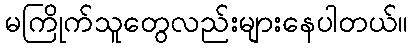
မကြိုက်သူတွေလည်းများနေပါတယ်။